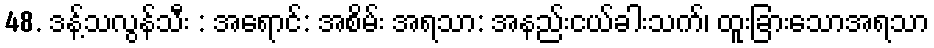
48. ဒန့်သလွန်သီး : အရောင်: အစိမ်း အရသာ: အနည်းငယ်ခါးသက်၊ ထူးခြားသောအရသာ